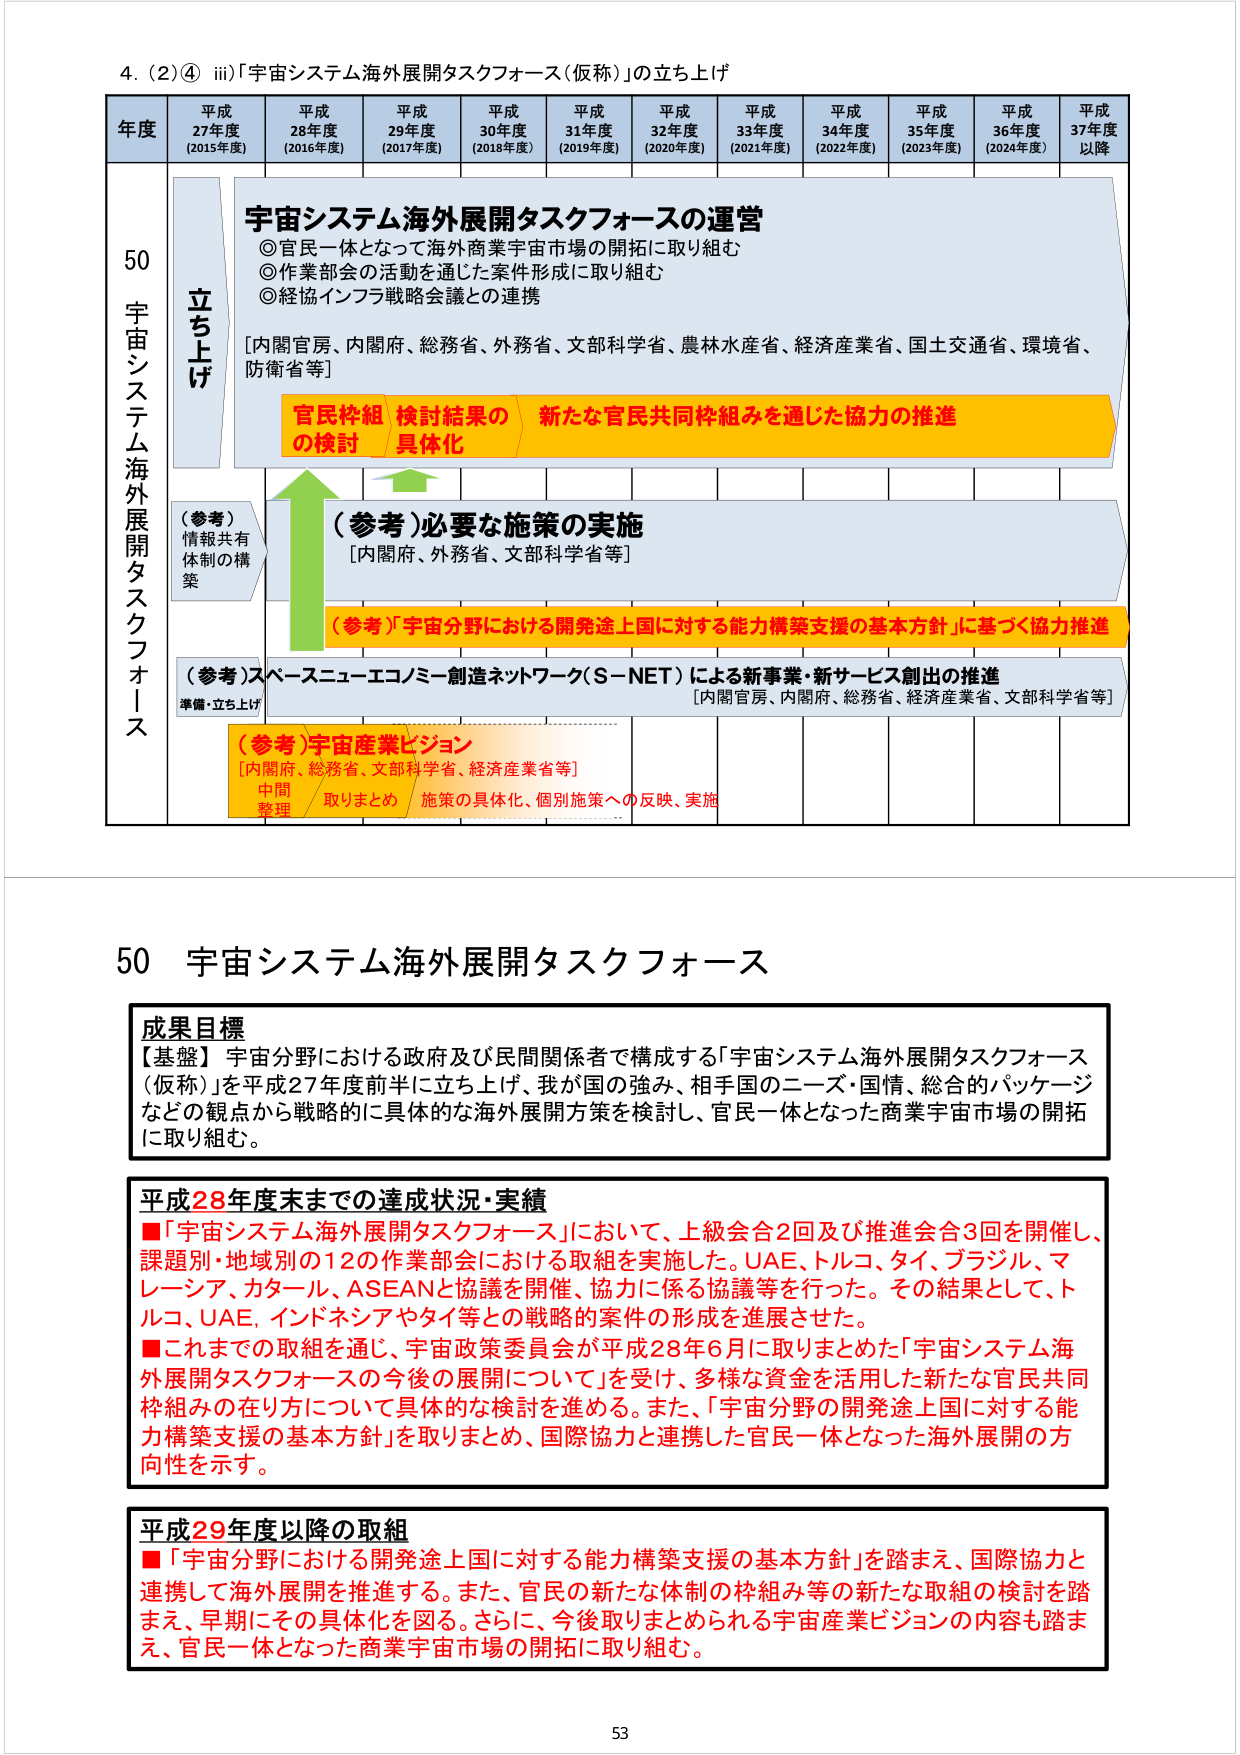
4. (2)④ iii)「宇宙システム海外展開タスクフォース（仮称）」の立ち上げ

年度 平成27年度 (2015年度) 平成28年度 (2016年度) 平成29年度 (2017年度) 平成30年度 (2018年度) 平成31年度 (2019年度) 平成32年度 (2020年度) 平成33年度 (2021年度) 平成34年度 (2022年度) 平成35年度 (2023年度) 平成36年度 (2024年度) 平成37年度以降

50 宇宙システム海外展開タスクフォース

立ち上げ

宇宙システム海外展開タスクフォースの運営
◎官民一体となって海外商業宇宙市場の開拓に取り組む
◎作業部会の活動を通じた案件形成に取り組む
◎経協インフラ戦略会議との連携
[内閣官房、内閣府、総務省、外務省、文部科学省、農林水産省、経済産業省、国土交通省、環境省、防衛省等]

官民枠組の検討 検討結果の具体化 新たな官民共同枠組みを通じた協力の推進

（参考）情報共有体制の構築

（参考）必要な施策の実施
[内閣府、外務省、文部科学省等]

（参考）「宇宙分野における開発途上国に対する能力構築支援の基本方針」に基づく協力推進

（参考）スペースニューエコノミー創造ネットワーク（S-NET）による新事業・新サービス創出の推進
[内閣官房、内閣府、総務省、経済産業省、文部科学省等]

（参考）宇宙産業ビジョン
[内閣府、総務省、文部科学省、経済産業省等]
中間整理 取りまとめ 施策の具体化、個別施策への反映、実施

50 宇宙システム海外展開タスクフォース

成果目標
【基盤】宇宙分野における政府及び民間関係者で構成する「宇宙システム海外展開タスクフォース（仮称）」を平成27年度前半に立ち上げ、我が国の強み、相手国のニーズ・国情、総合的パッケージなどの観点から戦略的に具体的な海外展開方策を検討し、官民一体となった商業宇宙市場の開拓に取り組む。

平成28年度末までの達成状況・実績
■「宇宙システム海外展開タスクフォース」において、上級会合2回及び推進会合3回を開催し、課題別・地域別の12の作業部会における取組を実施した。UAE、トルコ、タイ、ブラジル、マレーシア、カタール、ASEANと協議を開催、協力に係る協議等を行った。その結果として、トルコ、UAE、インドネシアやタイ等との戦略的案件の形成を進展させた。
■これまでの取組を通じ、宇宙政策委員会が平成28年6月に取りまとめた「宇宙システム海外展開タスクフォースの今後の展開について」を受け、多様な資金を活用した新たな官民共同枠組みの在り方について具体的な検討を進める。また、「宇宙分野の開発途上国に対する能力構築支援の基本方針」を取りまとめ、国際協力と連携した官民一体となった海外展開の方向性を示す。

平成29年度以降の取組
■「宇宙分野における開発途上国に対する能力構築支援の基本方針」を踏まえ、国際協力と連携して海外展開を推進する。また、官民の新たな体制の枠組み等の新たな取組の検討を踏まえ、早期にその具体化を図る。さらに、今後取りまとめられる宇宙産業ビジョンの内容も踏まえ、官民一体となった商業宇宙市場の開拓に取り組む。

53